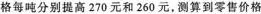
袼每吨分别提高270元和260元，测算到零售价格